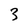
Character: 3